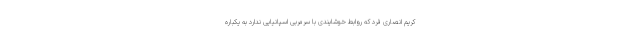
کریم انصاری فرد که روابط خوشایندی با سرمربی اسپانیایی ندارد به یکباره